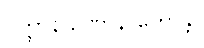
ဂတ္တာနိ ဥဏှာနိ ဟောန္တိ။